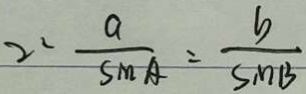
2 ^ { 2 } = \frac { a } { \sin A } = \frac { b } { \sin B }